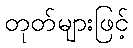
တုတ်များဖြင့်